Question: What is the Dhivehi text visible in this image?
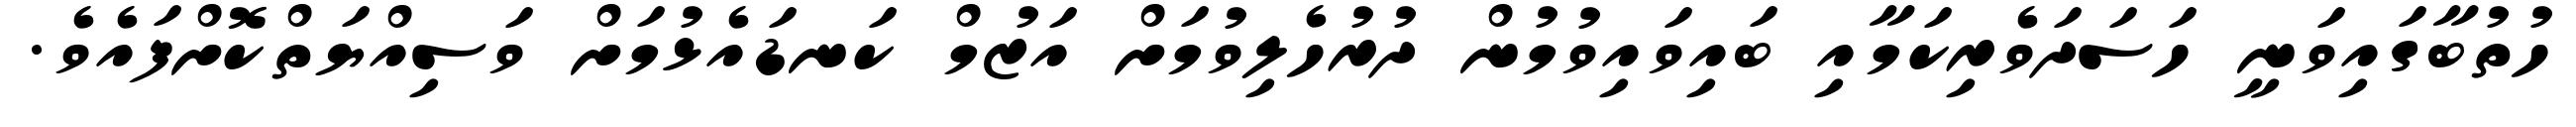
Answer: ހުތުބާގައިވަނީ ހަސަދަވެރިކަމާއި ބައިވައިވުމުން ދުރުހެލިވުމަށް އަޒުމް ކަނޑައެޅުމަށް ވަސިއްޔަތްކޮށްފައެވެ.